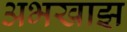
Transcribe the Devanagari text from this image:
अभखाझ